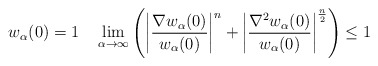
\begin{align*}w_\alpha(0)=1\quad\lim_{\alpha\to\infty}\left( \left\vert\frac{\nabla w_\alpha(0)}{w_\alpha(0)}\right\vert^n+\left\vert\frac{\nabla^2 w_\alpha(0)}{w_\alpha(0)} \right\vert^{\frac{n}{2}}\right) \leq 1\end{align*}